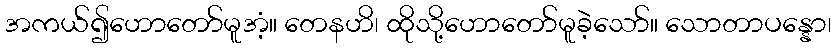
အကယ်၍ဟောတော်မူအံ့။ တေနဟိ၊ ထိုသို့ဟောတော်မူခဲ့သော်။ သောတာပန္နော၊